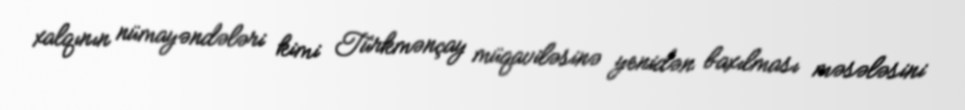
xalqının nümayəndələri kimi Türkmənçay müqaviləsinə yenidən baxılması məsələsini